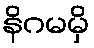
နိဂမမှိ